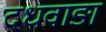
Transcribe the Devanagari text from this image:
दधवाङा